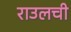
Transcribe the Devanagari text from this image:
राउलची